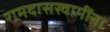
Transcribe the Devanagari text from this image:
रामदासस्वामींना